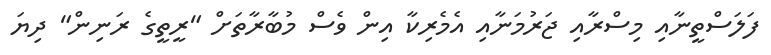
ފަލަސްތީނާއި މިސްރާއި ޖަރުމަނާއި އެމެރިކާ އިން ވެސް މުބާރާތަށް "ރީތީގެ ރަނިން" ދިޔަ